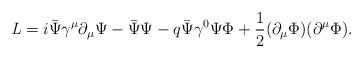
LaTeX: \begin{align*}{\it L} = i \bar{\Psi} {\gamma}^{\mu} {\partial}_{\mu} {\Psi}- \bar{\Psi} {\Psi}- q \bar{\Psi} {\gamma}^{0} {\Psi} \Phi+ {1 \over 2} ({\partial}_{\mu} \Phi)({\partial}^{\mu} \Phi). \end{align*}